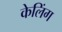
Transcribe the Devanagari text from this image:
केलिंग